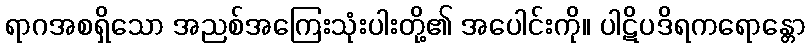
ရာဂအစရှိသော အညစ်အကြေးသုံးပါးတို့၏ အပေါင်းကို။ ပါဋိပဒိရကရောန္တော